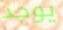
يوجد